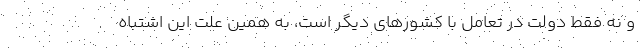
و نه فقط دولت در تعامل با کشورهای دیگر است، به همین علت این اشتباه